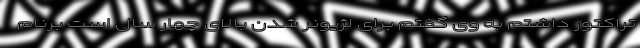
تراکتور داشتم به وی گفتم برای لژیونر شدن بالای چهار سال است برنام